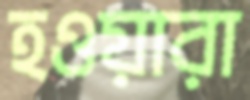
হওয়ারা